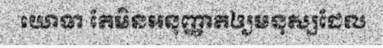
យោធា តែមិនអនុញ្ញាតឲ្យមនុស្សដែល